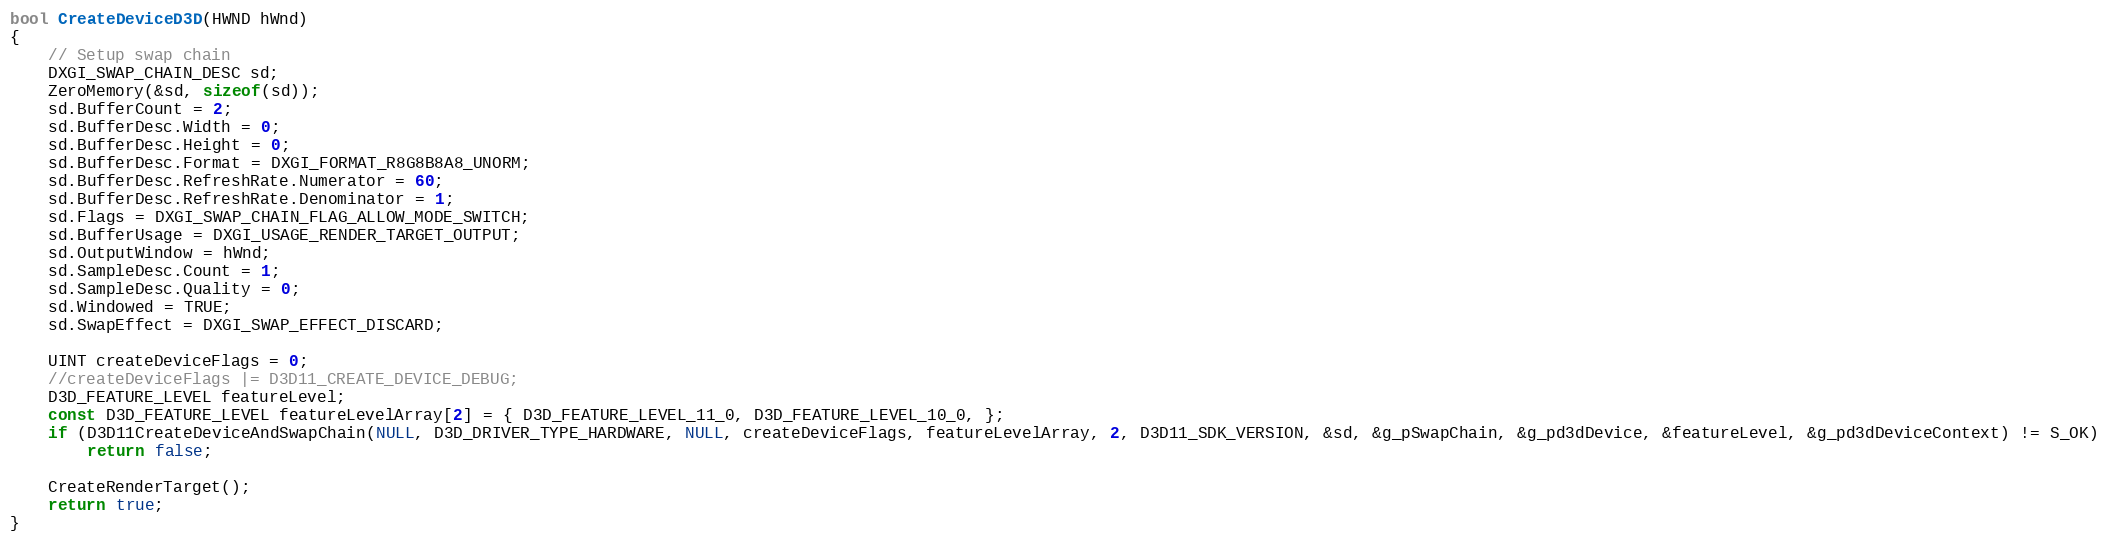
Language: C++
bool CreateDeviceD3D(HWND hWnd)
{
    // Setup swap chain
    DXGI_SWAP_CHAIN_DESC sd;
    ZeroMemory(&sd, sizeof(sd));
    sd.BufferCount = 2;
    sd.BufferDesc.Width = 0;
    sd.BufferDesc.Height = 0;
    sd.BufferDesc.Format = DXGI_FORMAT_R8G8B8A8_UNORM;
    sd.BufferDesc.RefreshRate.Numerator = 60;
    sd.BufferDesc.RefreshRate.Denominator = 1;
    sd.Flags = DXGI_SWAP_CHAIN_FLAG_ALLOW_MODE_SWITCH;
    sd.BufferUsage = DXGI_USAGE_RENDER_TARGET_OUTPUT;
    sd.OutputWindow = hWnd;
    sd.SampleDesc.Count = 1;
    sd.SampleDesc.Quality = 0;
    sd.Windowed = TRUE;
    sd.SwapEffect = DXGI_SWAP_EFFECT_DISCARD;

    UINT createDeviceFlags = 0;
    //createDeviceFlags |= D3D11_CREATE_DEVICE_DEBUG;
    D3D_FEATURE_LEVEL featureLevel;
    const D3D_FEATURE_LEVEL featureLevelArray[2] = { D3D_FEATURE_LEVEL_11_0, D3D_FEATURE_LEVEL_10_0, };
    if (D3D11CreateDeviceAndSwapChain(NULL, D3D_DRIVER_TYPE_HARDWARE, NULL, createDeviceFlags, featureLevelArray, 2, D3D11_SDK_VERSION, &sd, &g_pSwapChain, &g_pd3dDevice, &featureLevel, &g_pd3dDeviceContext) != S_OK)
        return false;

    CreateRenderTarget();
    return true;
}